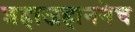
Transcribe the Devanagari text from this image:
शहाजहाननेच